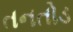
તનતોડ